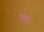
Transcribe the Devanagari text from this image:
मुगुर